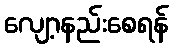
လျော့နည်းစေရန်